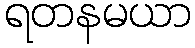
ရတနမယာ